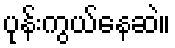
ပုန်းကွယ်နေဆဲ။